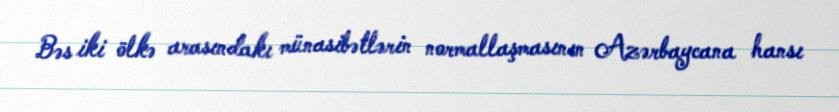
Bəs iki ölkə arasındakı münasibətlərin normallaşmasının Azərbaycana hansı